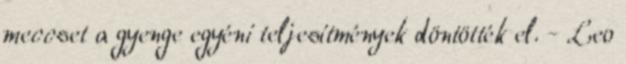
meccset a gyenge egyéni teljesítmények döntötték el. - Leo